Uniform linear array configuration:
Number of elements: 8
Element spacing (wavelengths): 0.25
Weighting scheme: kaiser
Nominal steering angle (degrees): -15
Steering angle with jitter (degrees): -15.455
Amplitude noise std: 0.05
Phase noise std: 0.05

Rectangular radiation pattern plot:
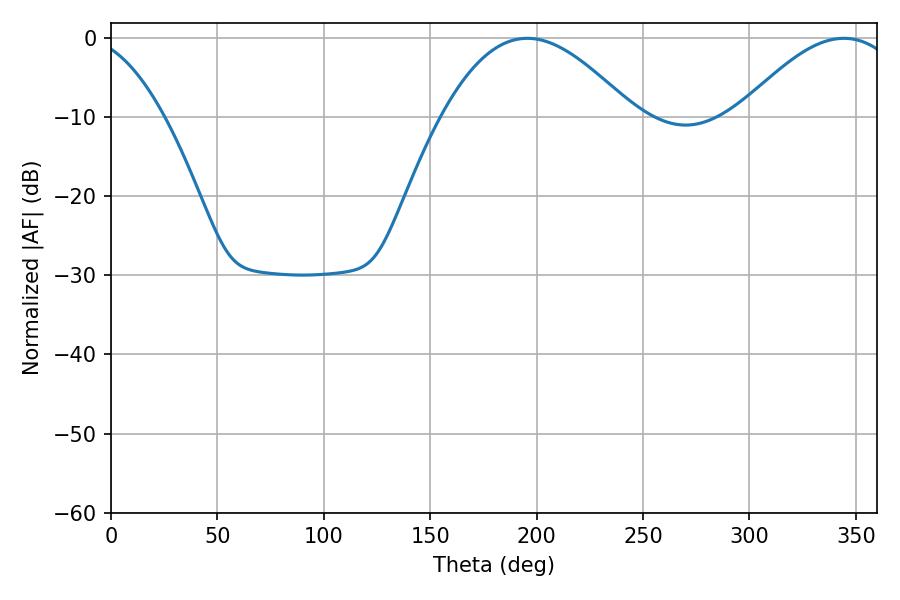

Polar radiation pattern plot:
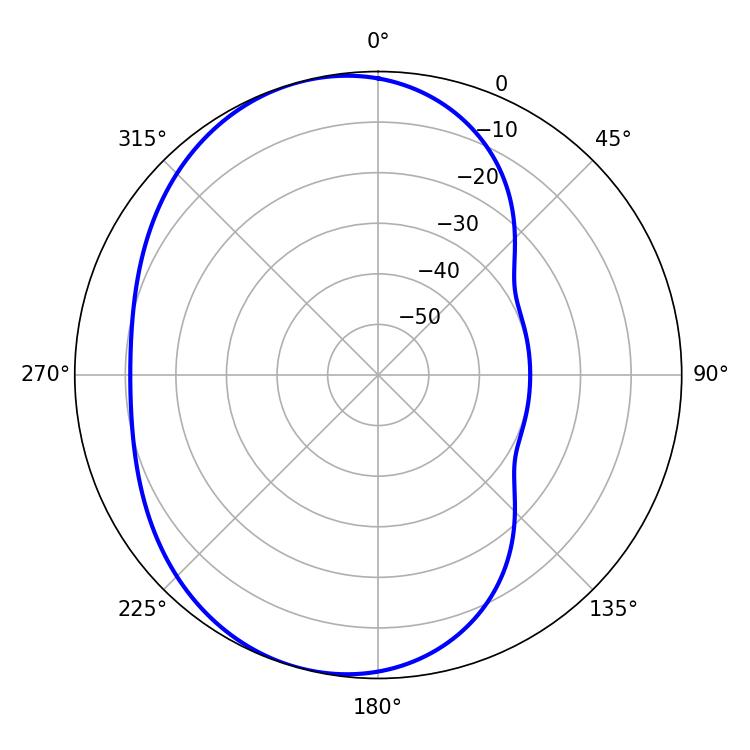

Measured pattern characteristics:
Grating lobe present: FALSE
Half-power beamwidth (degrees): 48.78
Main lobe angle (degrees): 195.66